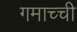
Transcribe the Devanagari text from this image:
गमाच्ची